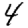
Digit: 4